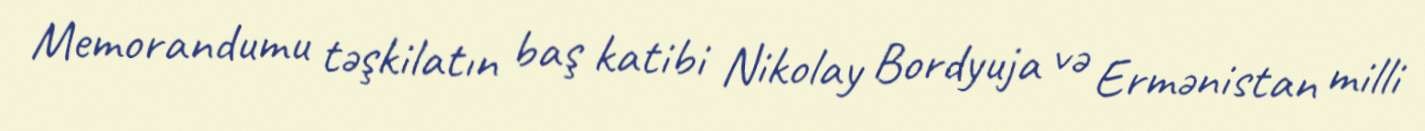
Memorandumu təşkilatın baş katibi Nikolay Bordyuja və Ermənistan milli